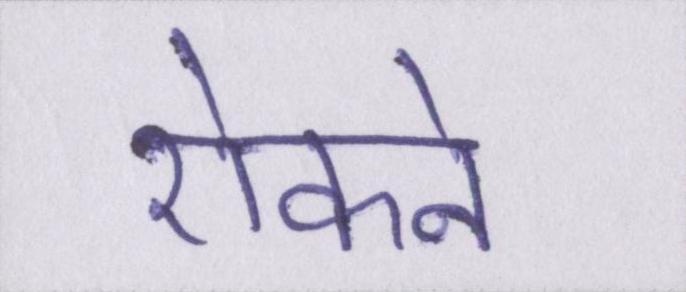
रोकने